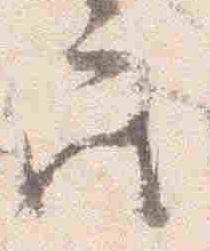
座